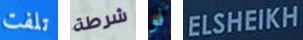
تلفت شرطة لو ELSHEIKH